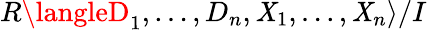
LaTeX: R\langleD_{1},\ldots,D_{n},\mathit{X}_{1},\ldots,\mathit{X}_{n}\rangle/I